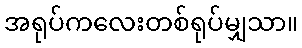
အရုပ်ကလေးတစ်ရုပ်မျှသာ။